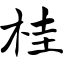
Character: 桂